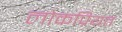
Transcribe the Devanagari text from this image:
लोकप्रियत